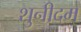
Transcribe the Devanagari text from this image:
शुनीदम